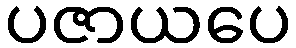
ပဇာယပေ